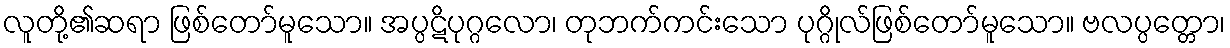
လူတို့၏ဆရာ ဖြစ်တော်မူသော။ အပ္ပဋိပုဂ္ဂလော၊ တုဘက်ကင်းသော ပုဂ္ဂိုလ်ဖြစ်တော်မူသော။ ဗလပ္ပတ္တော၊